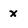
Character: x